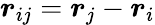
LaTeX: {\boldsymbol{r}}_{ij}={\boldsymbol{r}}_{j}-{\boldsymbol{r}}_{i}